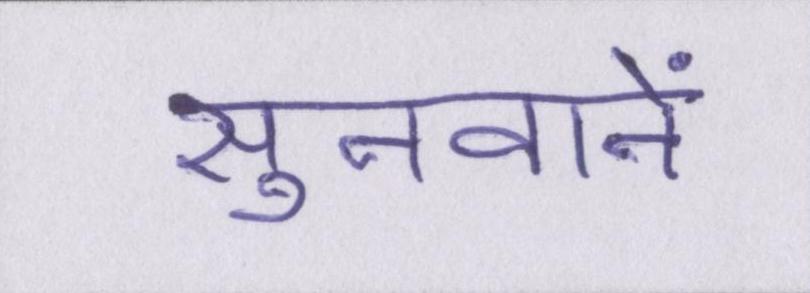
सुनवाने